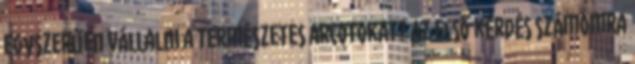
egyszerűen vállalni a természetes arcotokat? Az első kérdés számomra